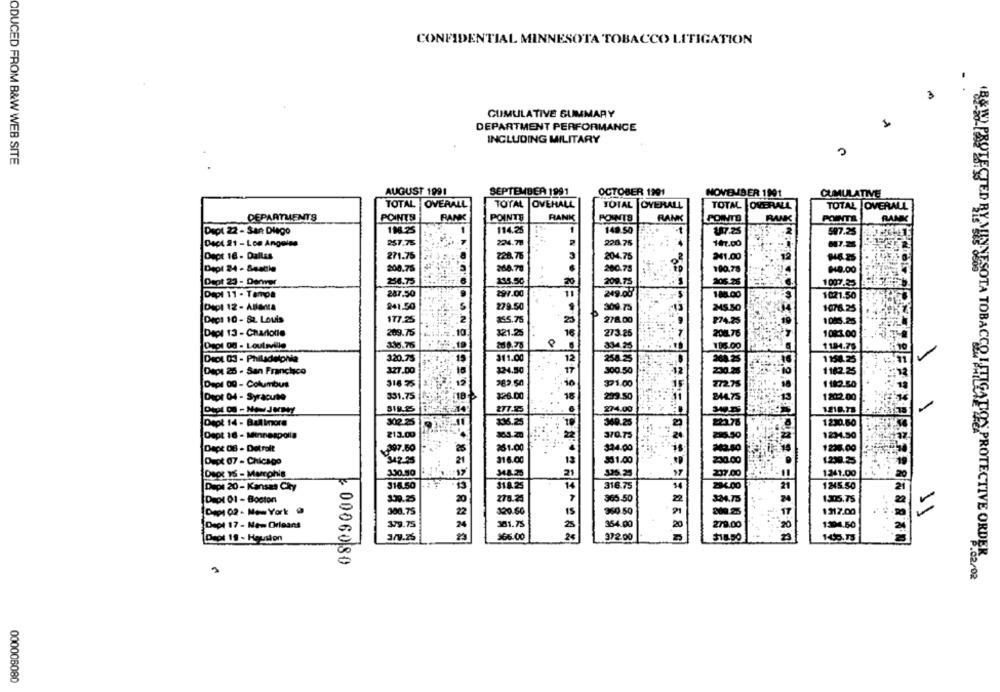
CONFIDENTIAL MINNESOTA TOBACCO LITIGATION
3
CUMULATIVE SUMMARY
DEPARTMENT PERFORMANCE
INCLUDING MILITARY
ODUCED FROM B&W WEB SITE
AUGUST 1991
SEPTEMBER 1991
OCTOBER 1991
NOVEMBER 1991
CUMULATIVE
TOTAL OVERALL
TOTAL OVEHALL
TOTAL OVERALL
TOTAL OVERALL
TOTAL OVERALL
DEPARTMENTS
POINTS
RANK
POINTS
RANK
POINTS
RANK
POINTS
BANK
POINTA
BANK
198.25
114.25
1
Dept 22 - San Diego
149.50
17.25
507.25
Dect 21 - Los Angeles
257.75
224.70
147.00
228.75
Dept 18 - Dallas
271.75
228.76
3
204.75
341.00
Depl 24 - Seatle
200.76
260.70
200.78
190.78
₦48.00
Dept 23 - Denver
256.75
135.50
20
209.75
206.26
1007.25
Depl 11 - Tampa
287.50
297.00
11
249.00
188.00
1021.50
DEDI 12 - Atlanta
241.50
279.50
300.75
M45.50
1076.25
DeCI 10 - St. Louis
$77.25
2
255.75
25
278.00
₽74.25
1005.25
209.76
10
321.25
16
Dapl 13 - Charlotte
273.25
204.76
108:3.00
Dept 00 - Louisville
3:36.76
19
260.78
834.95
105.00
1194.75
320.75
15
311.00
12
254.25
1158.25
Dept 25 - San Francisco
327.00
324.50
17
300.50
1182.25
Dapl 00 - Columbus
318 75
262.50
10
321.00
272.75
1182.50
331.75
18
$26.00
233.50
Dept 04 - Syracuse
1202.00
277.25
274.00
1218.78
302.25
336.25
360.25
222.78
1230.60
Dept 14 - Ball inore
Dept 16 - Minneapolis
213.00
370.75
295.50
1234.50
Depe 08 - Detroit
297.50
26
261.00
324.00
1235.00
Dept 07 - Chicago
342-25
316.00
13
$31.00
230.00
1230.25
330.90
348.25
21
Depe 15 - Memphis
237.00
1241.00
316.50
318.25
316.75
54
294.00
1245.50
Dept 20 - Kansas Cky
339.25
20
365.50
324.75
24
1305.75
Dept 01 - Boston
Dept 02 - Mom York @
308.75
320.50
15
360.50
200.25
17
1317.00
Dept 17 - New Orleans
379.75
24
381.75
25
354.00
279.00
20
1304.50
Dept 19 - Houston
366.00
372.00
$18.50
00060 80
(BEI). PROTECTED RY MINNESOTA TOBACCO WAHLGATOS PROTECTIVE ORDER
000006080